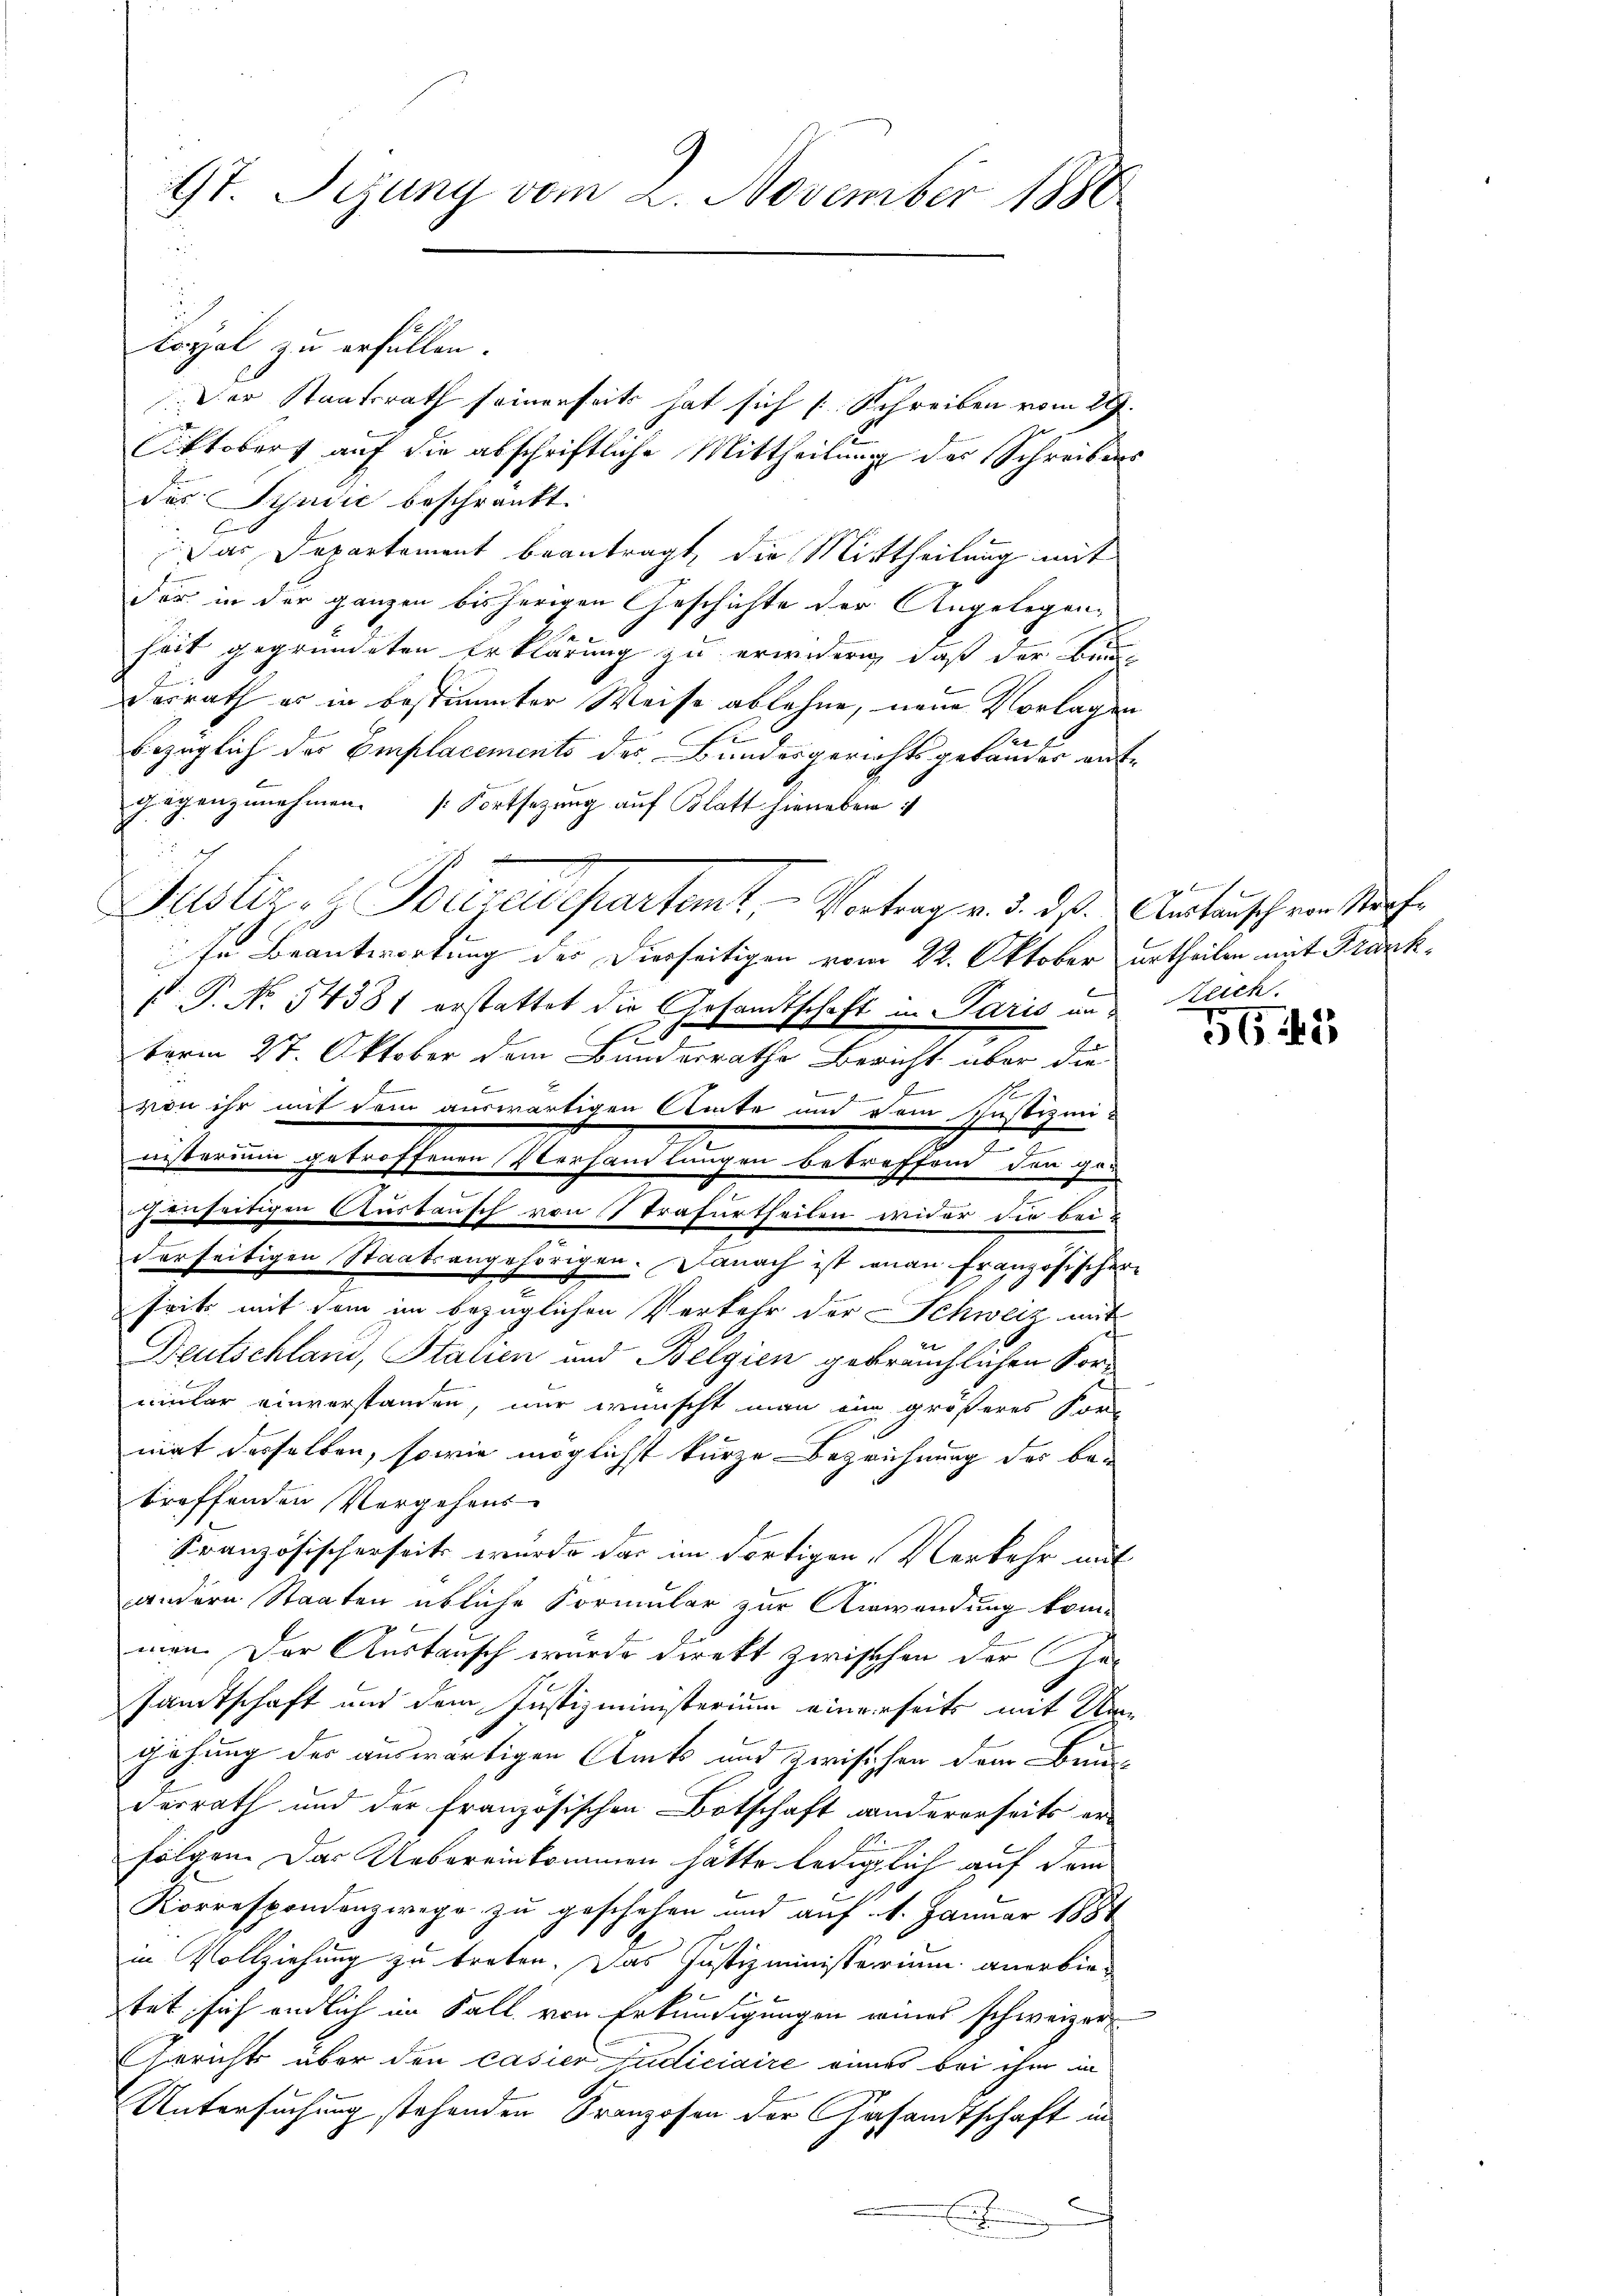
t. Juny vom 2. November 1888

Loyal zu erfüllen.
Der Staatsrath seinerseits hat sich Schreiben vom 29.
Oktoberg auf die abschriftliche Mittheilung des Schreibens
des Schudić beschränkt.
ar Departement beantragt, die Mittheilung mit
der in der ganzen bisherigen Geschichte der Angelegen-
heit gegründeten Erklärung zu erwiderig, daß der bei¬
Desrath es in bestimmter Weise ablehne, neue Vorlagen
u
bezüglich der Emplacements des Bundesgerichtsgebander aufgegenzunehmen. (Fortsezung auf Blatt hierüber
E
sn Beantwortung des Dierseitigen vom 22. Oktober urtheilen mit Frank¬
 P. No 14381 erstattet die Gesandtschaft in Paris und Reich.
t
term 27. Oktober dem Bundesrathe Bericht über die
1
von ihr mit dem auswärtigen Amte und dem Justizmi¬
7
nisterium getroffenen Verhandlungen betreffend den ger
t
henseitigen Austausch von Strafurtheilen wider die bei-
derseitigen Staatsangehörigen. Danach ist man französischere
soit mit dem im bezüglichen Verkehr der Schweiz aus
Deutschland, Stalien und Belgien gebräuchlichen Korrilar einverstanden, nur wünscht man ein größeres For-
mat desselben, sowie möglichst kurze Bezeichnung des betreffenden Vergehens
Kranzösischerseits wurde das im dortigen, Verkehr mit
andern Staaten übliche Formular zur Anwendung kommen. Der Austausch wurde direkt zwischen der Gesamtschaft und dem Justizministerium einerseits mit Ungehung der auswärtigen Amts und zwischen dem Brunderrath und der französischen Botschaft andererseits erfolgen. Das Uebereinkommen hatte lediglich auf dem
Korrespondenzwege zu geschehen und auf 1. Januar 1884
in Vollziehung zu treten. Das Justizministerium anerbiestet sich endlich im Fall von Erkundigungen eines schweizer
Gericht über den casier Judiciaire eines bei ihm in
Untersuchung stehenden Franzosen der Gesandtschaft in
n
Eigen

Justiz- & Polizeidepartent. - Vortrag v. 3. ds. Untersch von Straf¬

5645